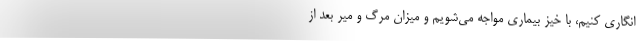
انگاری کنیم، با خیز بیماری مواجه می‌شویم و میزان مرگ و میر بعد از